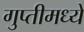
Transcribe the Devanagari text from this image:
गुप्तीमध्ये